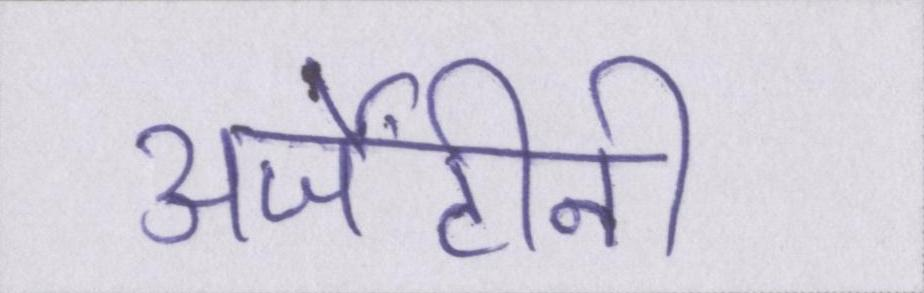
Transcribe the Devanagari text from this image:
अर्जेंटीनी